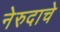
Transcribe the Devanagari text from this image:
नेरुदाचे